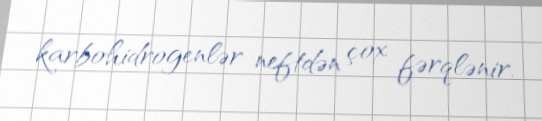
karbohidrogenlər neftdən çox fərqlənir.